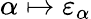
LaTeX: \alpha\mapsto\varepsilon_{\alpha}